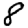
Digit: 8